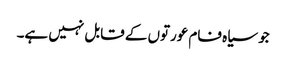
جو سیاہ فام عورتوں کے قابل نہیں ہے۔